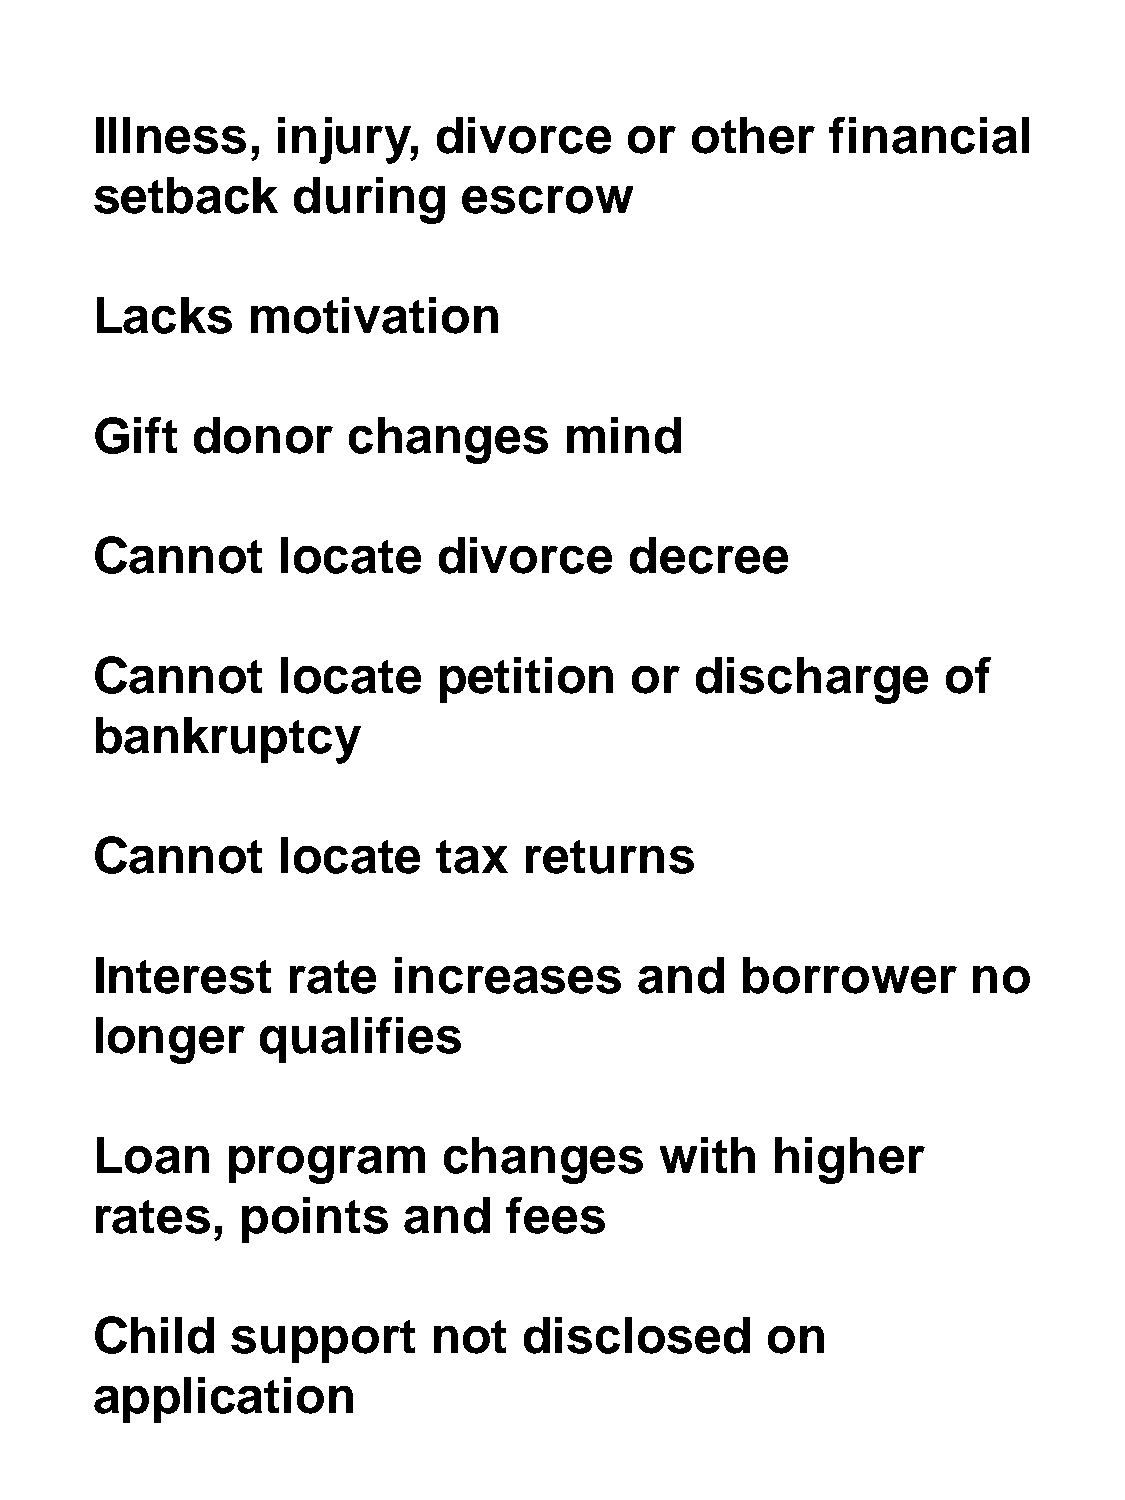
Illness,    injury,    divorce      or  other    financial
 setback      during      escrow
 Lacks     motivation
 Gift   donor     changes       mind
 Cannot      locate     divorce      decree
 Cannot      locate     petition     or  discharge        of
 bankruptcy
 Cannot      locate     tax   returns
 Interest     rate   increases       and    borrower       no
 longer     qualifies
 Loan     program       changes        with   higher
 rates,    points     and    fees
 Child    support       not   disclosed       on
 application